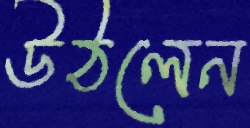
উঠলেন